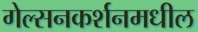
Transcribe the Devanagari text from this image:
गेल्सनकर्शनमधील